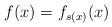
LaTeX: \begin{align*} f(x) = f_{s(x)}(x)\end{align*}